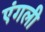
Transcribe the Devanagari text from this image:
एंगली